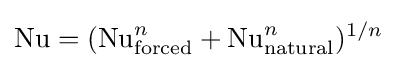
\mathrm {Nu} =(\mathrm {Nu} _{\mathrm {forced} }^{n}+\mathrm {Nu} _{\mathrm {natural} }^{n})^{1/n}